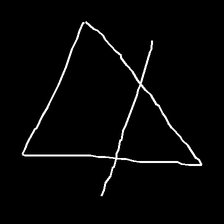
Glyph: empower